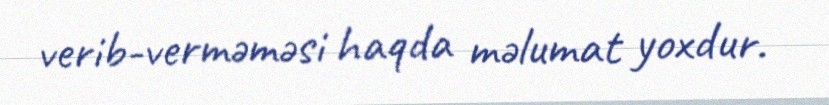
verib-verməməsi haqda məlumat yoxdur.